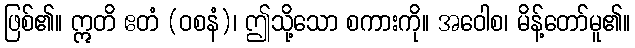
ဖြစ်၏။ ဣတိ ဧတံ (ဝစနံ)၊ ဤသို့သော စကားကို။ အဝေါစ၊ မိန့်တော်မူ၏။